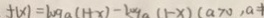
f ( x ) = \log a ( 1 + x ) - \log a ( 1 - x ) ( a > 0 , a = 1